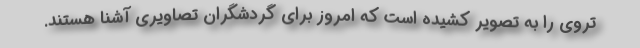
تروی را به تصویر کشیده است که امروز برای گردشگران تصاویری آشنا هستند.